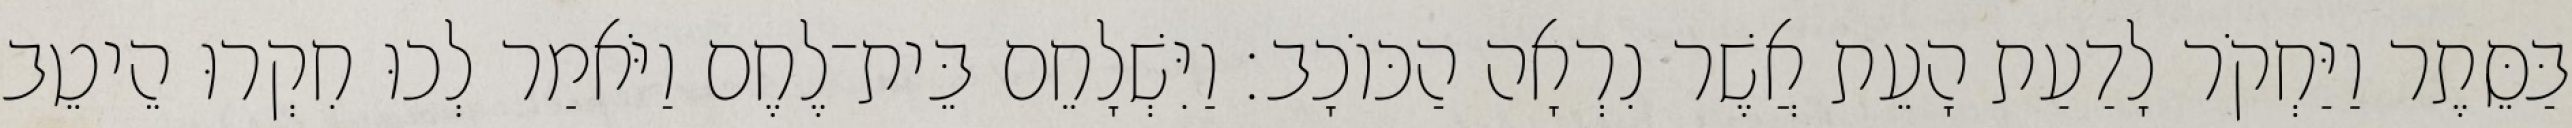
בַּסֵּתֶר וַיַּחְקֹר לָדַעַת הָעֵת אֲשֶׁר נִרְאָה הַכּוֹכָב׃ וַיִּשְׁלָחֵם בֵּית־לֶחֶם וַיֹּאמַר לְכוּ חִקְרוּ הֵיטֵב